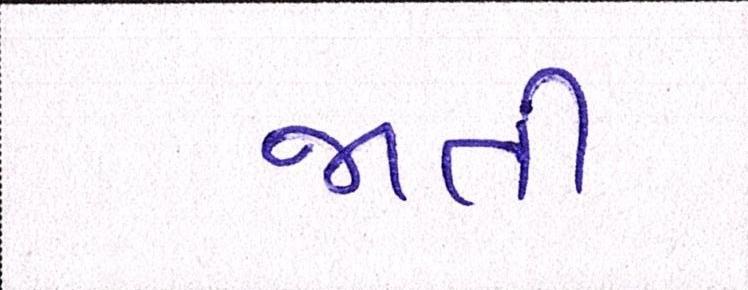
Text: જાતી